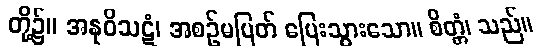
တို့၌။ အနုဝိသဋံ၊ အစဉ်မပြတ် ပြေးသွားသော။ စိတ္တံ၊ သည်။